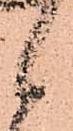
候